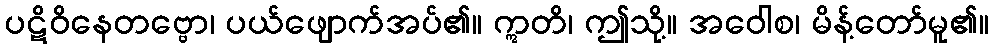
ပဋိဝိနေတဗ္ဗော၊ ပယ်ဖျောက်အပ်၏။ ဣတိ၊ ဤသို့။ အဝေါစ၊ မိန့်တော်မူ၏။